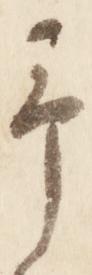
予